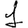
Digit: 1